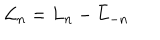
{ \cal L } _ { n } = L _ { n } - \bar { L } _ { - n } \